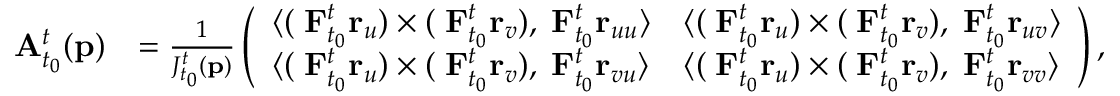
\begin{array} { r l } { \mathbf { A } _ { t _ { 0 } } ^ { t } ( \mathbf { p } ) } & { = \frac { 1 } { J _ { t _ { 0 } } ^ { t } ( \mathbf { p } ) } \left( \begin{array} { l l } { \langle ( \mathbf { \nabla } \mathbf { F } _ { t _ { 0 } } ^ { t } \mathbf { r } _ { u } ) \times ( \mathbf { \nabla } \mathbf { F } _ { t _ { 0 } } ^ { t } \mathbf { r } _ { v } ) , \mathbf { \nabla } \mathbf { F } _ { t _ { 0 } } ^ { t } \mathbf { r } _ { u u } \rangle } & { \langle ( \mathbf { \nabla } \mathbf { F } _ { t _ { 0 } } ^ { t } \mathbf { r } _ { u } ) \times ( \mathbf { \nabla } \mathbf { F } _ { t _ { 0 } } ^ { t } \mathbf { r } _ { v } ) , \mathbf { \nabla } \mathbf { F } _ { t _ { 0 } } ^ { t } \mathbf { r } _ { u v } \rangle } \\ { \langle ( \mathbf { \nabla } \mathbf { F } _ { t _ { 0 } } ^ { t } \mathbf { r } _ { u } ) \times ( \mathbf { \nabla } \mathbf { F } _ { t _ { 0 } } ^ { t } \mathbf { r } _ { v } ) , \mathbf { \nabla } \mathbf { F } _ { t _ { 0 } } ^ { t } \mathbf { r } _ { v u } \rangle } & { \langle ( \mathbf { \nabla } \mathbf { F } _ { t _ { 0 } } ^ { t } \mathbf { r } _ { u } ) \times ( \mathbf { \nabla } \mathbf { F } _ { t _ { 0 } } ^ { t } \mathbf { r } _ { v } ) , \mathbf { \nabla } \mathbf { F } _ { t _ { 0 } } ^ { t } \mathbf { r } _ { v v } \rangle } \end{array} \right) , } \end{array}